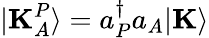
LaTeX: |\mathbf{K}_{A}^{P}\rangle=a_{P}^{\dagger}a_{A}|\mathbf{K}\rangle